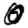
Digit: 0